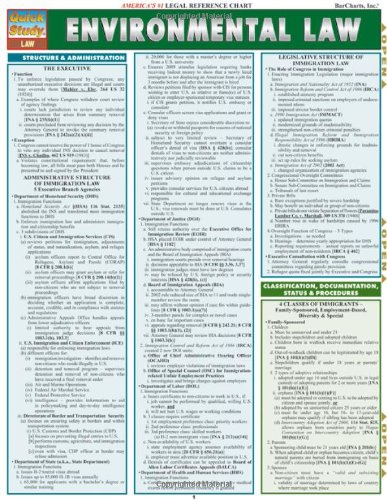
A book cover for Environmental Law (Tri-Fold Laminated Chart); Inc. BarCharts; Law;